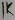
Text: 1K